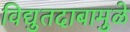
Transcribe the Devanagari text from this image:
विद्युतदाबामुळे